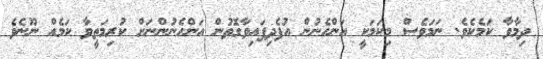
ދިމާވާ ކަމެކެވެ. ނަމަވެސް މިކަމަކީ އަންހެނުން އުފެދިފައިވާގޮތުން އަންހެނުންނަށް ކުރިމަތީވާ ކަމެއް ނޫނެވެ